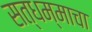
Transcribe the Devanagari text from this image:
सत्धम्माचा